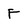
Character: F